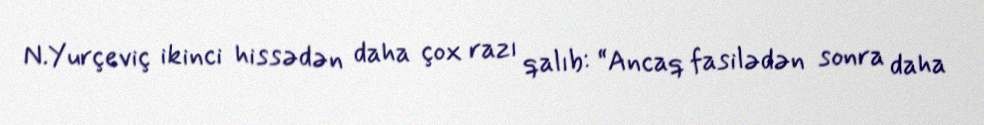
N.Yurçeviç ikinci hissədən daha çox razı qalıb: “Ancaq fasilədən sonra daha